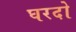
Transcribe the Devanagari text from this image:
घरदो